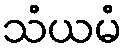
သံယမံ